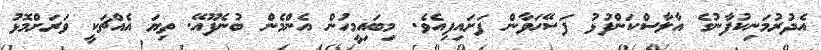
އެދުރުމަނިކުފާނުގެ އާލާސްކަންފުޅު ފަސޭހަވާން ފަށައިފިއެވެ. މިބައިމީހުން އެންމެން ބުނެފޫއޭ. ތިޔަ އެއްޗަކީ ވަރަށްމޮޅު